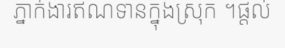
ភ្នាក់ងារឥណទានក្នុងស្រុក ។ផ្តល់